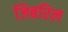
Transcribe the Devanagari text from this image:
जिबरिल